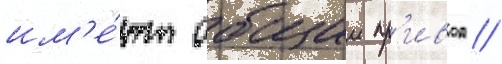
им'е́ют общии пр'ивод //